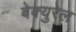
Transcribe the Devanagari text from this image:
बेक्युरेल